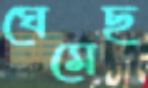
ঘেমেছ